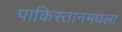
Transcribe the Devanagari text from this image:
पाकिस्तानमधला